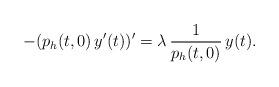
LaTeX: \begin{align*}- (p_h(t,0)\, y^\prime(t))^\prime = \lambda\, \frac{1}{p_h(t,0)}\, y(t).\end{align*}